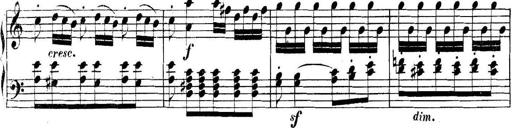
Title: Collected Piano Sonatas
Composer: Muzio Clementi